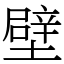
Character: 壁